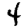
Digit: 4